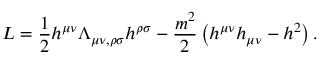
L = \frac { 1 } { 2 } h ^ { \mu \nu } \Lambda _ { \mu \nu , \rho \sigma } h ^ { \rho \sigma } - \frac { m ^ { 2 } } { 2 } \left( h ^ { \mu \nu } h _ { \mu \nu } - h ^ { 2 } \right) .